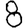
Digit: 8